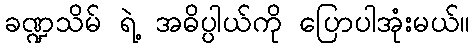
ခဏ္ဍသိမ် ရဲ့ အဓိပ္ပါယ်ကို ပြောပါအုံးမယ်။